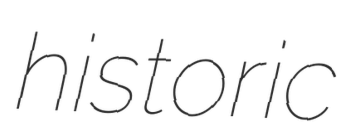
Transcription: historic